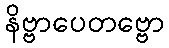
နိဗ္ဗာပေတဗ္ဗော